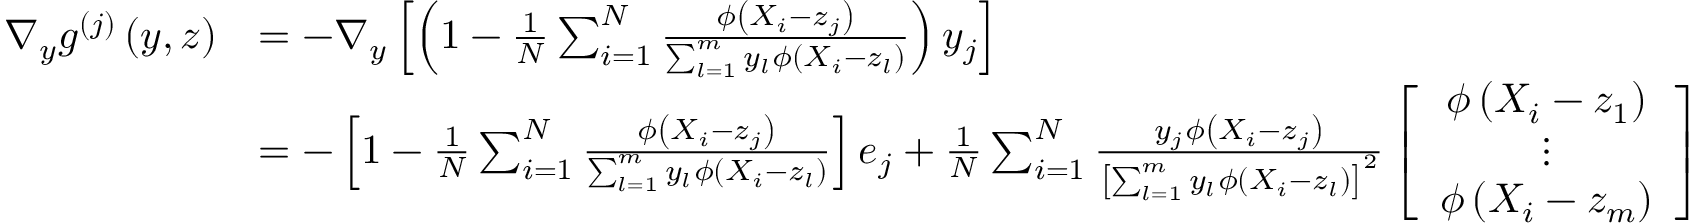
\begin{array} { r l } { \nabla _ { y } g ^ { ( j ) } \left( y , z \right) } & { = - \nabla _ { y } \left[ \left( 1 - \frac { 1 } { N } \sum _ { i = 1 } ^ { N } \frac { \phi \left( X _ { i } - z _ { j } \right) } { \sum _ { l = 1 } ^ { m } y _ { l } \phi \left( X _ { i } - z _ { l } \right) } \right) y _ { j } \right] } \\ & { = - \left[ 1 - \frac { 1 } { N } \sum _ { i = 1 } ^ { N } \frac { \phi \left( X _ { i } - z _ { j } \right) } { \sum _ { l = 1 } ^ { m } y _ { l } \phi \left( X _ { i } - z _ { l } \right) } \right] e _ { j } + \frac { 1 } { N } \sum _ { i = 1 } ^ { N } \frac { y _ { j } \phi \left( X _ { i } - z _ { j } \right) } { \left[ \sum _ { l = 1 } ^ { m } y _ { l } \phi \left( X _ { i } - z _ { l } \right) \right] ^ { 2 } } \left[ \begin{array} { c } { \phi \left( X _ { i } - z _ { 1 } \right) } \\ { \vdots } \\ { \phi \left( X _ { i } - z _ { m } \right) } \end{array} \right] } \end{array}